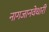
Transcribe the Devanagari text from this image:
नागजानवेधारी